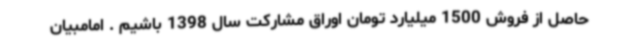
حاصل از فروش 1500 میلیارد تومان اوراق مشارکت سال 1398 باشیم . امامبیان